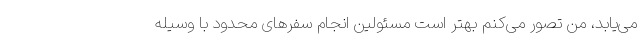
می‌یابد، من تصور می‌کنم بهتر است مسئولین انجام سفرهای محدود با وسیله